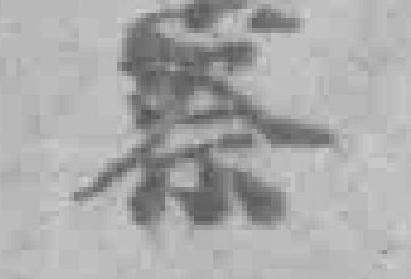
察